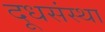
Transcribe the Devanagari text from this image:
दूधसंस्था